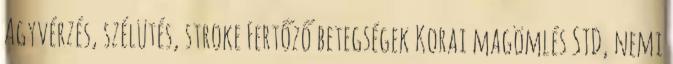
Agyvérzés, szélütés, stroke Fertőző betegségek Korai magömlés STD, nemi